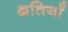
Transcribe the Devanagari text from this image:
क्षतियाँ